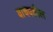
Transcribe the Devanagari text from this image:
वाचवतील